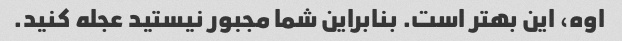
اوه، این بهتر است. بنابراین شما مجبور نیستید عجله کنید.